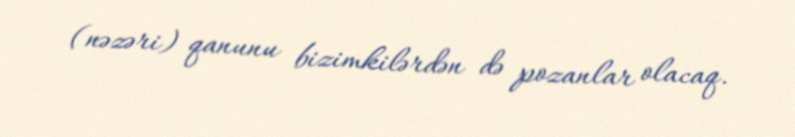
(nəzəri) qanunu bizimkilərdən də pozanlar olacaq.